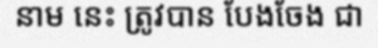
នាម នេះ ត្រូវបាន បែងចែង ជា